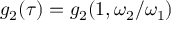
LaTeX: g _ { 2 } ( \tau ) = g _ { 2 } ( 1 , \omega _ { 2 } / \omega _ { 1 } )